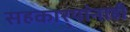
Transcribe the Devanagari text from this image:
सहकार्‍यांनाही